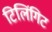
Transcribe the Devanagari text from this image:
टिलिंगिट